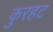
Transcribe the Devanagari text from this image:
कुरहट